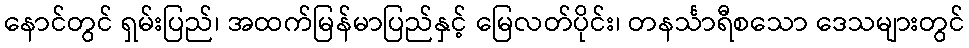
နောင်တွင် ရှမ်းပြည်၊ အထက်မြန်မာပြည်နှင့် မြေလတ်ပိုင်း၊ တနင်္သာရီစသော ဒေသများတွင်